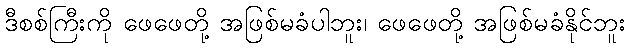
ဒီစစ်ကြီးကို ဖေဖေတို့ အဖြစ်မခံပါဘူး၊ ဖေဖေတို့ အဖြစ်မခံနိုင်ဘူး